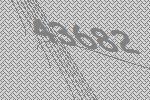
43682